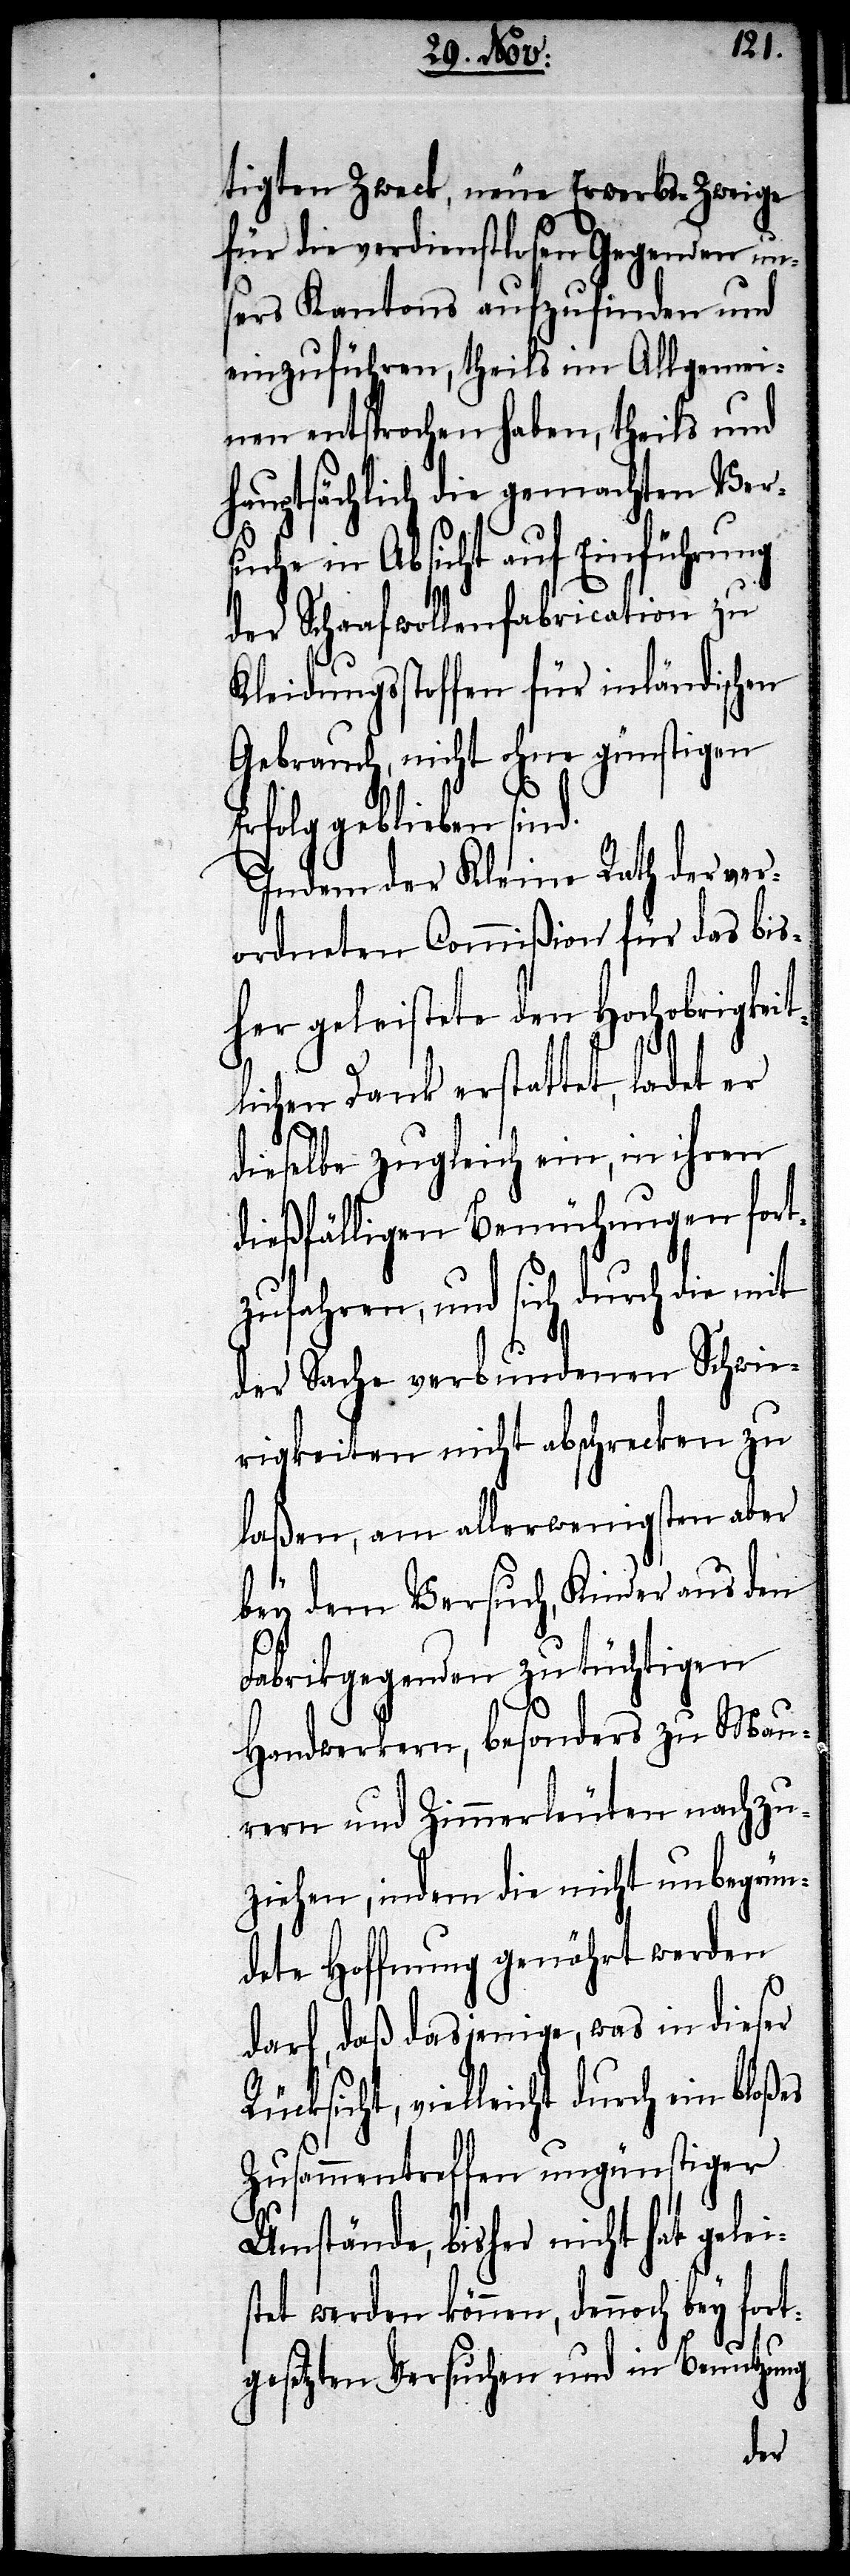
Er¬
tigten Zweck, neue Erwerbs-Zweige
für die verdienstlosen Gegenden u¬
nsers Kantons aufzufinden und
einzuführen, theils im Allgemei¬
nen entsprochen haben, theils und
hauptsächlich die gemachten Ver¬
suche in Absicht auf Einführung
der Schaafwollenfabrication zu
Kleidungsstoffen für inländischen
Gebrauch, nicht ohne günstigen
folg geblieben sind.
Indem der Kleine Rath der ver¬
ordneten Commißion für das bis¬
her geleistete den Hochobrigkeit¬
lichen Dank erstattet, ladet er
dieselbe zugleich ein, in ihren
dießfälligen Bemühungen fort¬
zufahren, und sich durch die mit
der Sache verbundenen Schwie¬
rigkeiten nicht abschrecken zu
laßen, am allerwenigsten aber
bey dem Versuch, Kinder aus den
Fabrikgegenden zu tüchtigen
Handwerkern, besonders zu Mau¬
ern und Zimmerleuten nachzu¬
ziehen, indem die nicht unbegrün¬
dete Hoffnung genährt werden
darf, daß dasjenige, was in dieser
vielleicht durch ein bloßes
Zusammentreffen ungünstiger
Umstände, bisher nicht hat geleis¬
tet werden können, dennoch bey for¬
tgesetzten Versuchen und in Benutzung